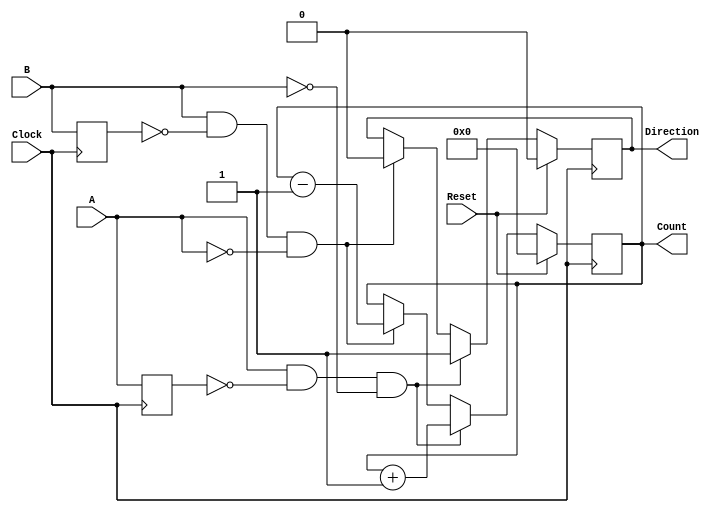
module rotary_encoder (
    input wire A,          // First output signal from the rotary encoder
    input wire B,          // Second output signal from the rotary encoder
    input wire Reset,      // Reset signal
    input wire Clock,      // Clock signal
    output reg [7:0] Count, // 8-bit binary count representing position
    output reg Direction    // Direction signal (1 for CW, 0 for CCW)
);

    reg A_prev, B_prev;    // Registers to hold previous states of A and B

    // Edge detection and counting logic
    always @(posedge Clock) begin
        if (Reset) begin
            Count <= 8'b0; // Reset count to zero
            Direction <= 1'b0; // Reset direction
        end else begin
            // Detect rising edges
            if (A && !A_prev && !B) begin
                Count <= Count + 1; // CW direction
                Direction <= 1'b1; // CW
            end else if (B && !B_prev && !A) begin
                Count <= Count - 1; // CCW direction
                Direction <= 1'b0; // CCW
            end
        end

        // Update previous states
        A_prev <= A;
        B_prev <= B;
    end

endmodule